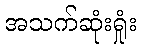
အသက်ဆုံးရှုံး